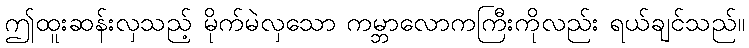
ဤထူးဆန်းလှသည့် မိုက်မဲလှသော ကမ္ဘာလောကကြီးကိုလည်း ရယ်ချင်သည်။